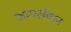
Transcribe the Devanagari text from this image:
कम्पलीशन